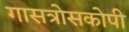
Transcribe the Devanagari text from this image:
गासत्रोसकोपी